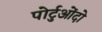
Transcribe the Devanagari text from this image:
पोर्टुओंदो